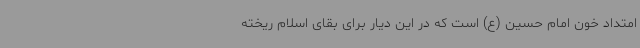
امتداد خون امام حسین (ع) است که در این دیار برای بقای اسلام ریخته